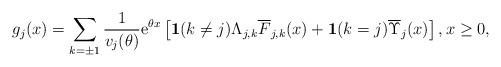
LaTeX: \begin{align*}g_j(x)=\sum_{k=\pm1}\frac{1}{v_j(\theta)}{\rm e}^{\theta x}\left[\mathbf{1}(k\neq j)\Lambda_{j,k}\overline{F}_{j,k}(x)+\mathbf{1}(k=j)\overline{\Upsilon}_{j}(x)\right],x\geq 0,\end{align*}